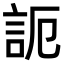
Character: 𧦠